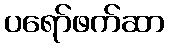
ပရော်ဖက်ဆာ